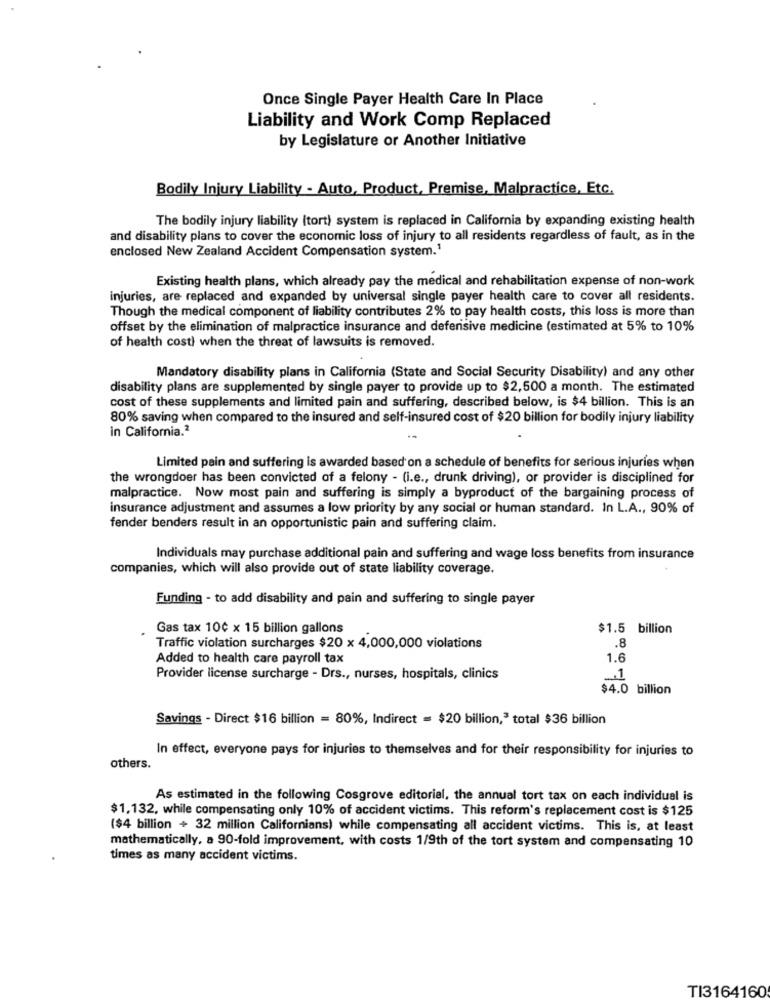
Once Single Payer Health Care In Place
Liability and Work Comp Replaced
by Legislature or Another Initiative
Bodily Injury Liability - Auto, Product, Premise, Malpractice, Etc.
The bodily injury liability (tort) system is replaced in California by expanding existing health
and disability plans to cover the economic loss of injury to all residents regardless of fault, as in the
enclosed New Zealand Accident Compensation system.'
Existing health plans, which already pay the medical and rehabilitation expense of non-work
injuries, are replaced and expanded by universal single payer health care to cover all residents.
Though the medical component of liability contributes 2% to pay health costs, this loss is more than
offset by the elimination of malpractice insurance and defensive medicine (estimated at 5% to 10%
of health cost) when the threat of lawsuits is removed.
Mandatory disability plans in California (State and Social Security Disability) and any other
disability plans are supplemented by single payer to provide up to $2,500 a month. The estimated
cost of these supplements and limited pain and suffering, described below, is $4 billion. This is an
80% saving when compared to the insured and self-insured cost of $20 billion for bodily injury liability
in California.2
Limited pain and suffering is awarded based on a schedule of benefits for serious injuries when
the wrongdoer has been convicted of a felony - (i.e ., drunk driving), or provider is disciplined for
malpractice. Now most pain and suffering is simply a byproduct of the bargaining process of
insurance adjustment and assumes a low priority by any social or human standard. In L.A ., 90% of
fender benders result in an opportunistic pain and suffering claim.
Individuals may purchase additional pain and suffering and wage loss benefits from insurance
companies, which will also provide out of state liability coverage.
Funding - to add disability and pain and suffering to single payer
Gas tax 100 x 15 billion gallons
$1.5 billion
Traffic violation surcharges $20 x 4,000,000 violations
.8
Added to health care payroll tax
1.6
Provider license surcharge - Drs ., nurses, hospitals, clinics
$4.0 billion
Savings - Direct $16 billion = 80%, Indirect = $20 billion," total $36 billion
In effect, everyone pays for injuries to themselves and for their responsibility for injuries to
others.
As estimated in the following Cosgrove editorial, the annual tort tax on each individual is
$1,132, while compensating only 10% of accident victims. This reform's replacement cost is $125
($4 billion + 32 million Californians) while compensating all accident victims. This is, at least
mathematically, a 90-fold improvement, with costs 1/9th of the tort system and compensating 10
times as many accident victims.
TI3164160